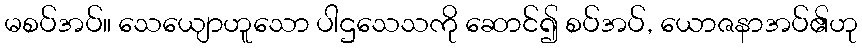
မစပ်အပ်။ သေယျောဟူသော ပါဌသေသကို ဆောင်၍ စပ်အပ်, ယောဇနာအပ်၏ဟု